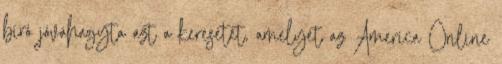
bíró jóváhagyta azt a keresetet, amelyet az America Online